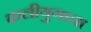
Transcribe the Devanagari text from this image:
कलीयुगाचा